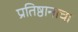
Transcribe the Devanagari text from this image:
प्रतिष्ठानाचा